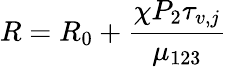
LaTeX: R=R_{0}+\frac{\chi P_{2}\tau_{v,j}}{\mu_{123}}